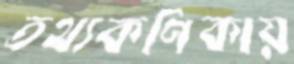
তথ্যকণিকায়